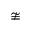
\ncong